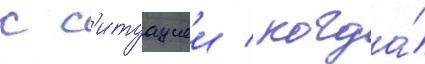
с с'итуациеи / когда́